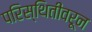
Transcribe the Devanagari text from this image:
परिस्थितीवरून